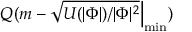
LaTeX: Q ( m - { \sqrt { U ( | \Phi | ) / | \Phi | ^ { 2 } } } { \Big | } _ { \operatorname* { m i n } } )